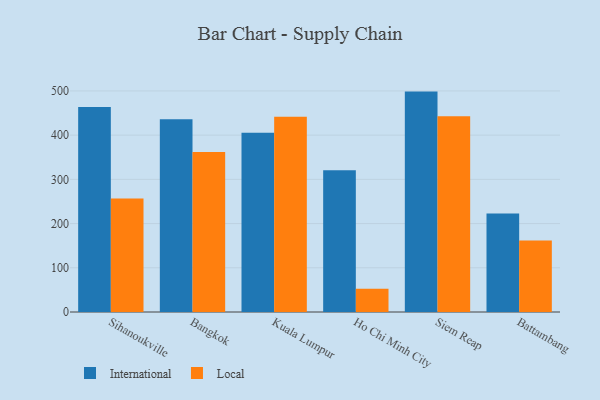
{"axis": {"x": "City", "y": "Inventory Turnover"}, "legend": ["International", "Local"], "data": [{"x": "Sihanoukville", "y": 463.6, "type": "International"}, {"x": "Sihanoukville", "y": 256.9, "type": "Local"}, {"x": "Bangkok", "y": 435.8, "type": "International"}, {"x": "Bangkok", "y": 361.8, "type": "Local"}, {"x": "Kuala Lumpur", "y": 405.3, "type": "International"}, {"x": "Kuala Lumpur", "y": 441.7, "type": "Local"}, {"x": "Ho Chi Minh City", "y": 320.4, "type": "International"}, {"x": "Ho Chi Minh City", "y": 52.5, "type": "Local"}, {"x": "Siem Reap", "y": 498.5, "type": "International"}, {"x": "Siem Reap", "y": 442.5, "type": "Local"}, {"x": "Battambang", "y": 222.6, "type": "International"}, {"x": "Battambang", "y": 161.8, "type": "Local"}]}